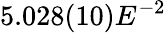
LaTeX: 5.028(10)E^{-2}